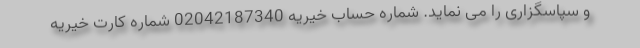
و سپاسگزاری را می نماید. شماره حساب خیریه 02042187340 شماره کارت خیریه